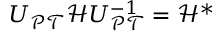
U _ { \mathcal { P T } } \mathcal { H } U _ { \mathcal { P T } } ^ { - 1 } = \mathcal { H } ^ { * }